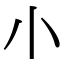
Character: ⺌